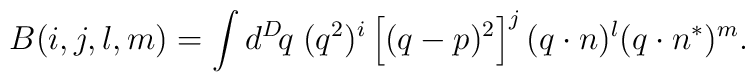
B(i,j,l,m) = \int d^D\!q\;(q^2)^i\left[(q-p)^2\right]^j(q\cdot n)^l (q\cdot n^*)^m.